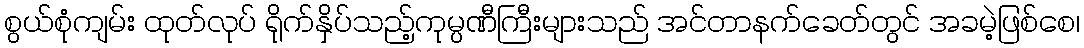
စွယ်စုံကျမ်း ထုတ်လုပ် ရိုက်နှိပ်သည့်ကုမ္ပဏီကြီးများသည် အင်တာနက်ခေတ်တွင် အခမဲ့ဖြစ်စေ၊